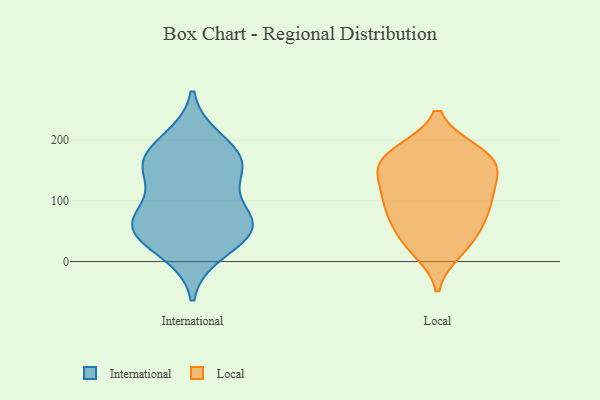
{"axis": {"x": "Website Visitors", "y": "Value"}, "legend": ["International", "Local"], "data": [{"x": "", "y": 162, "type": "International"}, {"x": "", "y": 62, "type": "International"}, {"x": "", "y": 60, "type": "International"}, {"x": "", "y": 162, "type": "International"}, {"x": "", "y": 17, "type": "International"}, {"x": "", "y": 199, "type": "International"}, {"x": "", "y": 167, "type": "International"}, {"x": "", "y": 65, "type": "International"}, {"x": "", "y": 140, "type": "International"}, {"x": "", "y": 49, "type": "International"}, {"x": "", "y": 68, "type": "International"}, {"x": "", "y": 90, "type": "Local"}, {"x": "", "y": 141, "type": "Local"}, {"x": "", "y": 20, "type": "Local"}, {"x": "", "y": 84, "type": "Local"}, {"x": "", "y": 33, "type": "Local"}, {"x": "", "y": 77, "type": "Local"}, {"x": "", "y": 179, "type": "Local"}, {"x": "", "y": 44, "type": "Local"}, {"x": "", "y": 170, "type": "Local"}, {"x": "", "y": 153, "type": "Local"}, {"x": "", "y": 121, "type": "Local"}, {"x": "", "y": 108, "type": "Local"}, {"x": "", "y": 178, "type": "Local"}, {"x": "", "y": 165, "type": "Local"}]}